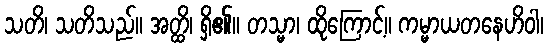
သတိ၊ သတိသည်။ အတ္ထိ၊ ရှိ၏။ တသ္မာ၊ ထိုကြောင့်။ ကမ္မာယတနေဟိဝါ၊